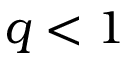
q < 1